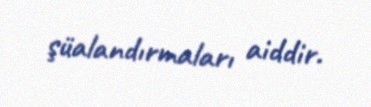
şüalandırmaları aiddir.